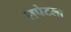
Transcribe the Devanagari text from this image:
लपेटला